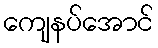
ကျေနပ်အောင်